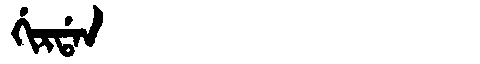
Manchu: ᡤᡳᡵᡩᠠᠨ
Romanization: GIRDAN